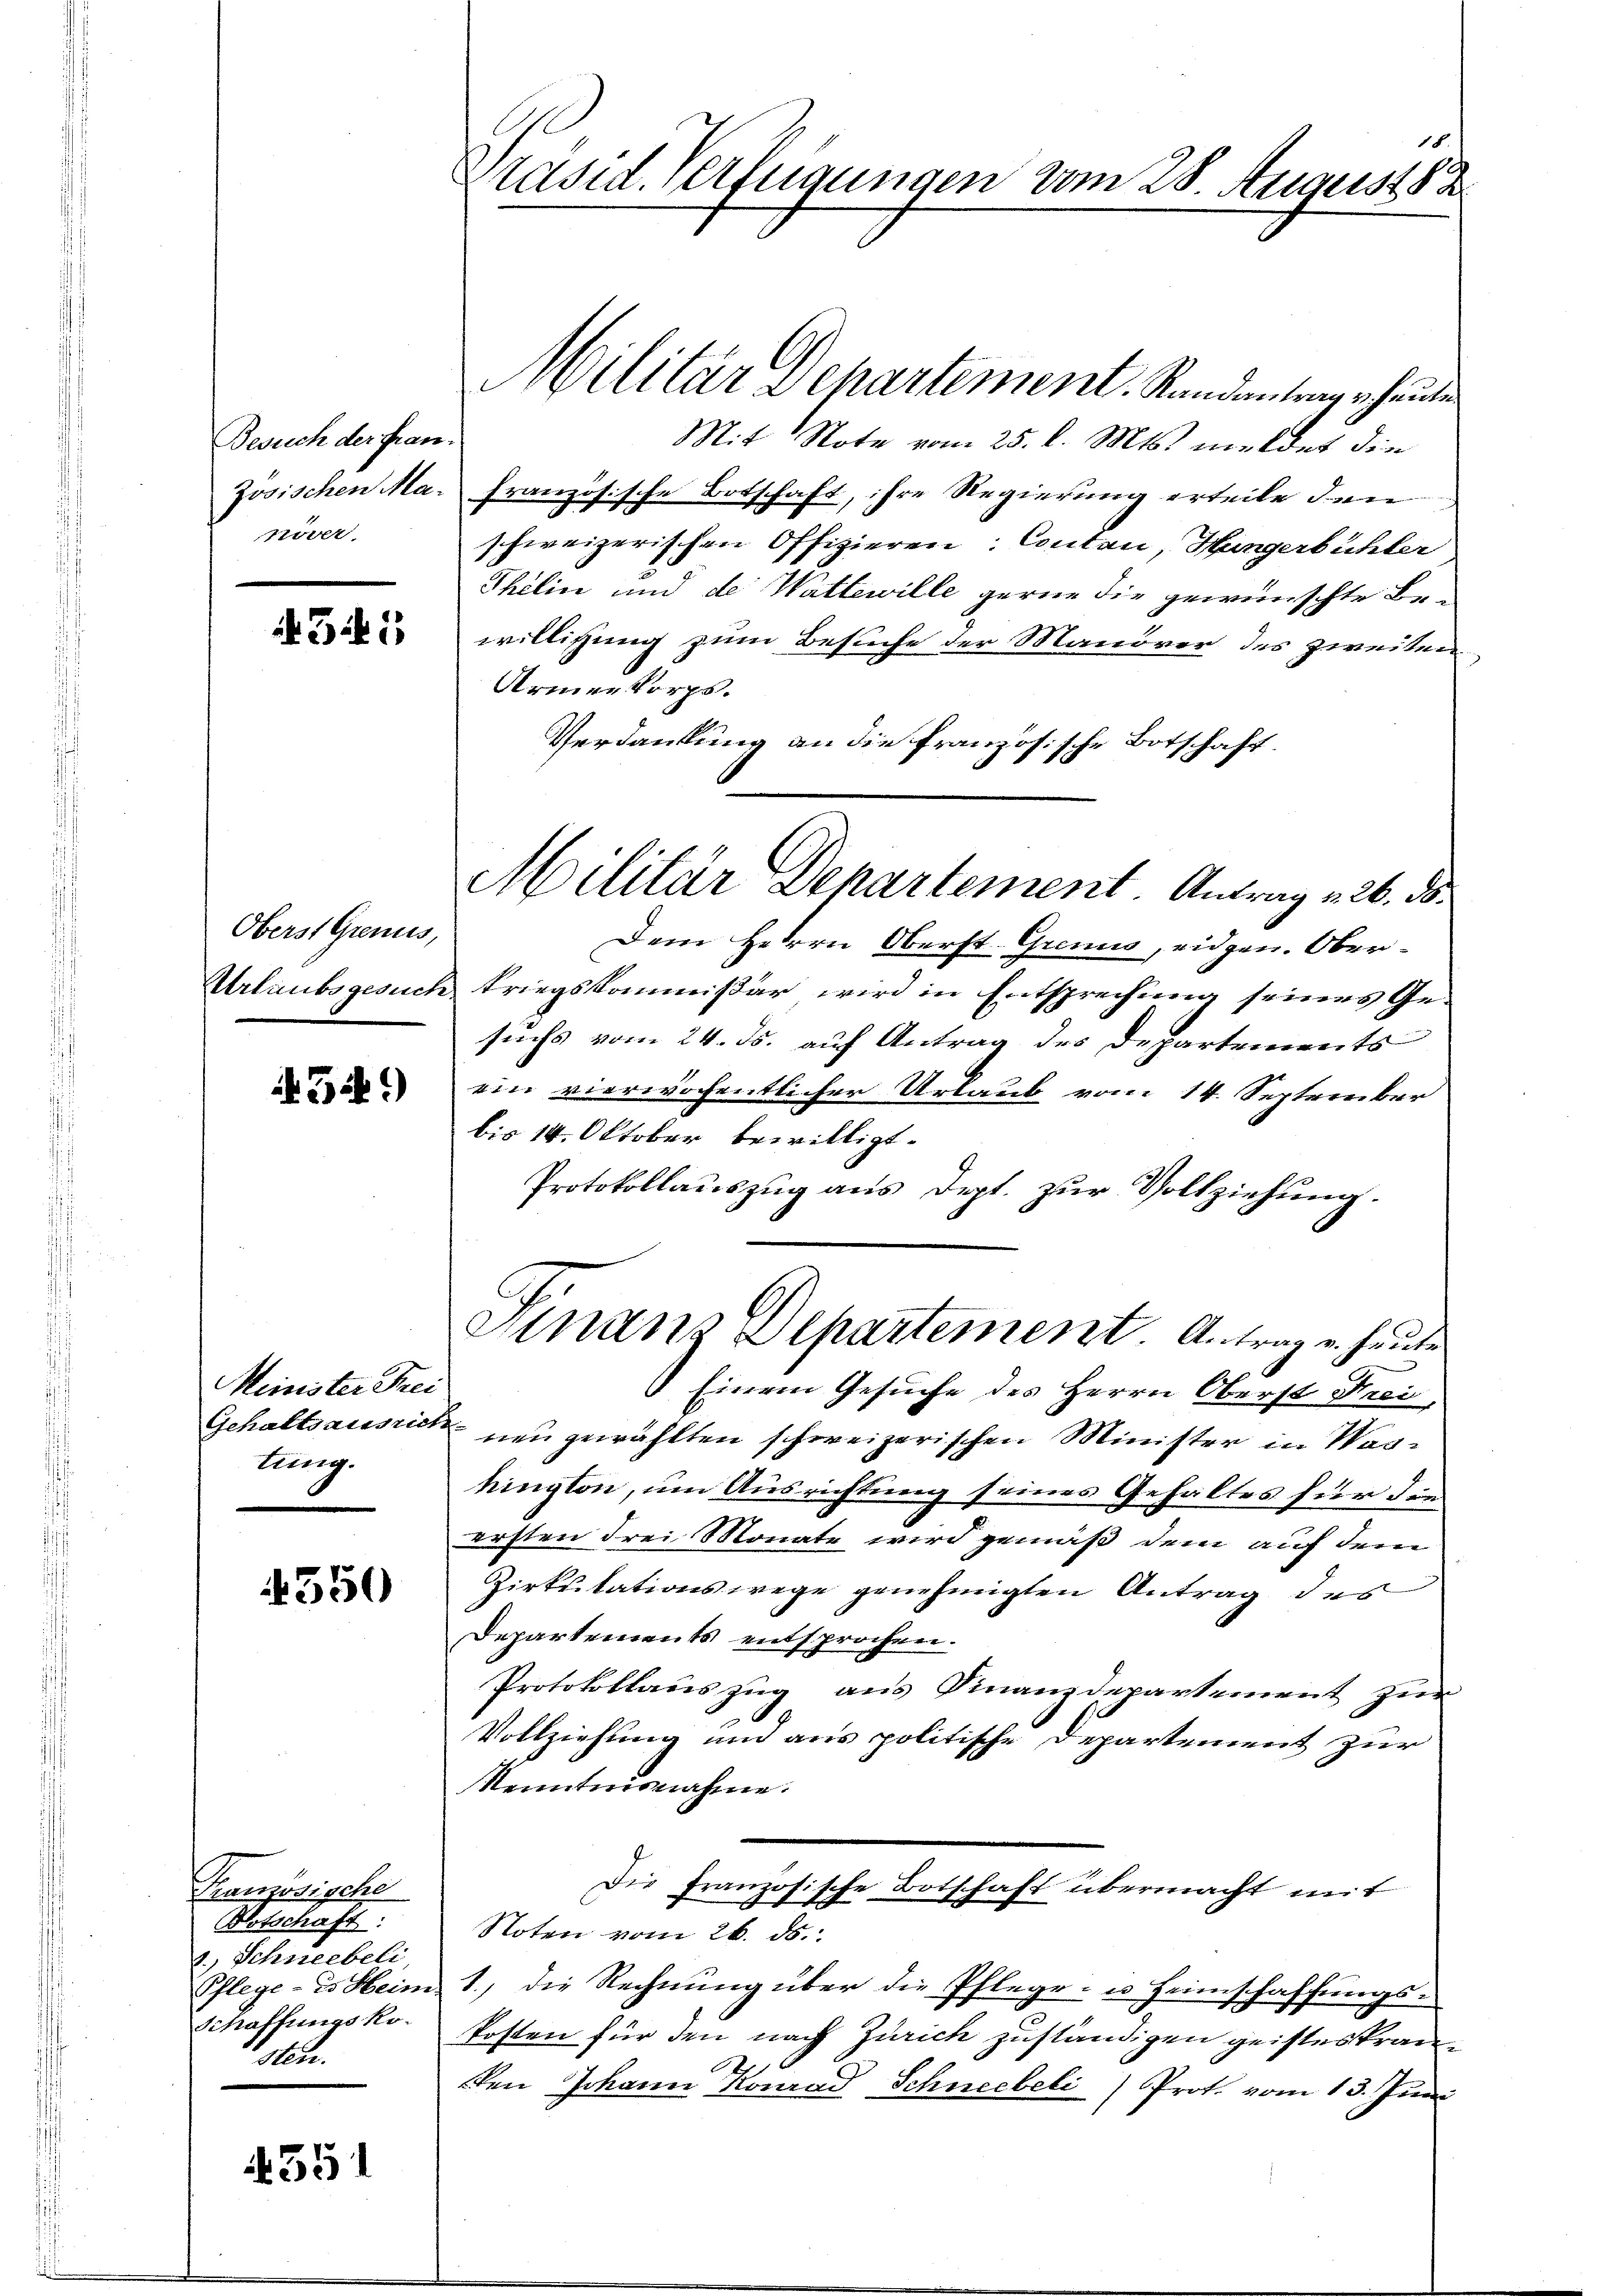
Besuch der Frannöver.

541

Oberst Grenus,

5.)

Minister Frei
Gehaltsausrich
kung.

4550

Französische
Botschaft:
1.) Schneebeli,
Pflege - es Hein
Schaffungskosten.

351

18.
Präsid. Verfügungen vom 28. August 188

Militär Departement. Randantrag erhauten
Mit Note vom 25. l. Mts. meldet die
zösischen Ma- Französische Botschaft, ihre Regierung erteile den
schweizerischen Offizieren: Contan, Hungerbühler
Thélin und de Wattewille gerne die gewünschte Be-
willigung zum Besuche der Manöver des zweiten
Armen Corps.
Verdankung an die französische Botschaft
Dem Herrn Oberst Grenis, eidgen. Ober¬
Urlaubsgesuch kriegskommißär wird in Entsprechung seines Gesuchs vom 24. ds. auf Antrag des Departements
ein vierwöchentlicher Urlaub vom 14. September
bis 14. Oktober bewilligt.
Protokollauszug aus Dept. zur Vollziehung.
Finanz Departement. Antrag u. heute
 Einem Gesuche des Herrn Oberst Frei,
neu gewählten schweizerischen Minister in Waskington, um Ausrichtung seines Gehaltes für die
ersten drei Monate wird gemäß dem auf dem
Zirkulationswege genehmigten Antrag des
Departements entsprochen.
Protokollauszug aus Finanzdepartement zur
Vollziehung und aus politische Departement zur
Nenntnisnahme.
Die Französische Botschaft übermacht mit
Noten vom 26. ds.
1., die Rechnung über die Pflege- u Heimschaffungs¬
Posten für den nach Zürich zuständigen geisteskranen Johann Konrad Schneebeli) Prot. vom 13. Juni

Militar Departement. Antrag v. 26. ds.